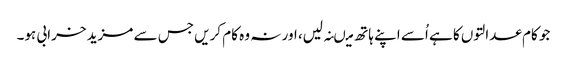
جو کام عدالتوں کا ہے اُسے اپنے ہاتھ میںنہ لیں، اور نہ وہ کام کریں جس سے مزید خرابی ہو۔